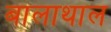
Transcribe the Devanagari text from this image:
बालाथाल